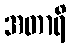
အတာရိ